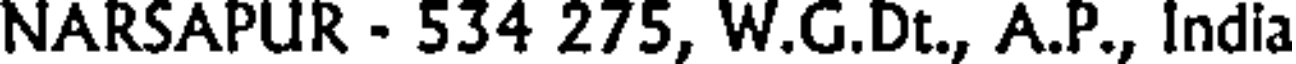
NARSAPUR - 534 275, W.G.Dt., A.P., India